Madras plague regulations in force outside the Presidency town - Volume 2
Disease focus: Plague
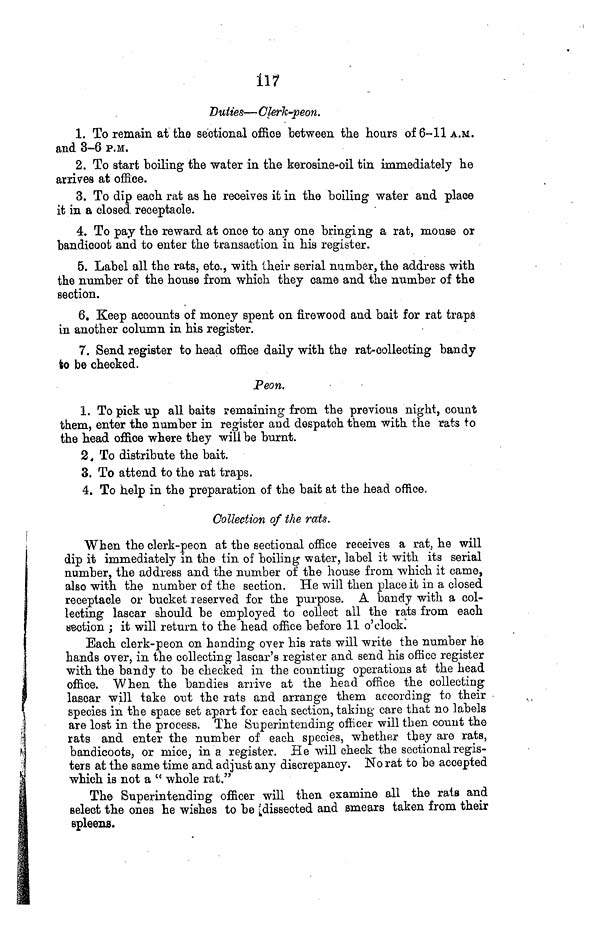
117
Duties— Clerk-peon.
1. To remain at the sectional office between the hours of 6-11 A.M.
and 3-6 P.M.
2. To start boiling the water in the kerosine-oil tin immediately he
arrives at office.
3. To dip each rat as he receives it in the boiling water and place
it in a closed, receptacle.
4. To pay the reward at once to any one bringing a rat, mouse or
bandicoot and to enter the transaction in his register.
5. Label all the rats, etc., with their serial number, the address with
the number of the house from which they came and the number of the
section.
6. Keep accounts of money spent on firewood and bait for rat traps
in another column in his register.
7. Send register to head office daily with the rat-collecting bandy
to be checked.
Peon.
1. To pick up all. baits remaining from the previous night, count
them, enter the number in register and despatch them with the rats to
the head office where they will be burnt.
2. To distribute the bait.
3. To attend to the rat traps.
4. To help in the preparation of the bait at the head office.
Collection of the rats.
When the clerk-peon at the sectional office receives a rat, he will
dip it immediately in the tin of boiling water, label it with its serial
number, the address and the number of the house from which it came,
also with the number of the section. He will then place it in a closed
receptacle or bucket reserved for the purpose. A bandy with a col-
lecting lascar should be employed to collect all the tats from each
section ; it will return to the head office before 11 o'clock.
Each clerk-peon on handing over his rats will write the number he
hands over, in the collecting lascar's register and send his office register
with the bandy to be checked in the counting operations at the head
office. When the bandies arrive at the head office the collecting
lascar will take out the rats and arrange them according to their
species in the space set apart for each section, taking care that no labels
are lost in the process. The Superintending officer will then count the
rats and enter the number of each species, whether they are rats,
bandicoots, or mice, in a register. He will check the sectional regis-
ters at the same time and adjust any discrepancy. No rat to be accepted
which is not a " whole rat."
The Superintending officer will then examine all the rats and
select the ones he wishes to be dissected and smears taken from their
spleens.